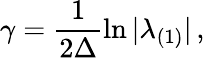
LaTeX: \gamma=\frac{1}{2\Delta}\ln|\lambda_{(1)}|\, ,